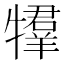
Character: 𤛰